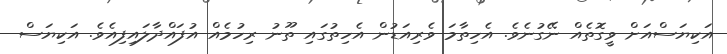
އަކިޔަސްއަށް ވީގޮތެއް ނޭގުނެވެ. އެހިތާމަ ވެރިއަޑުން އެހިތުގައި ތޫނު ރިހުމެއް އުފައްދާލައިފިއެވެ. އަކިޔަސް